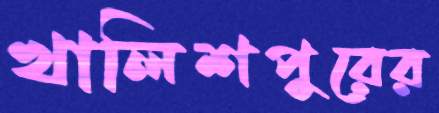
খালিশপুরের